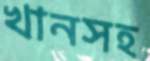
খানসহ